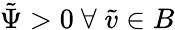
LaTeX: \tilde{\Psi}>0\ \forall\; \tilde{v}\in B